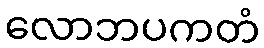
လောဘပကတံ